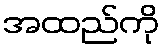
အထည်ကို